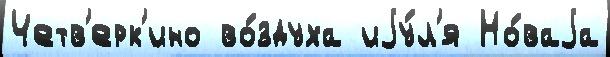
Четв'ерк'ино во́здуха иjу́л'я Но́ваjа